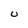
Character: U